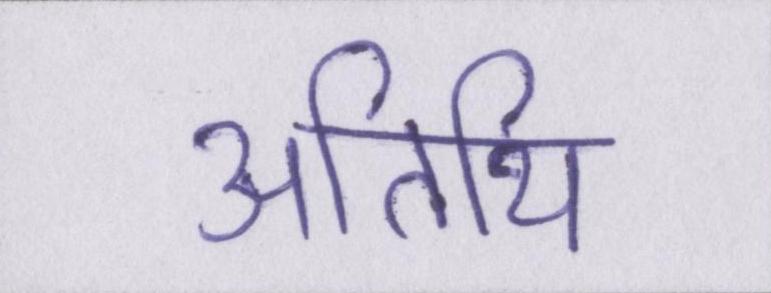
अतिथि